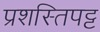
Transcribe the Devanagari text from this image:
प्रशस्तिपट्ट